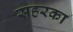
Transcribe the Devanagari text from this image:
सहरका